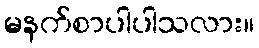
မနက်စာပါပါသလား။